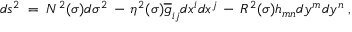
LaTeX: d s ^ { 2 } \; = \; N ^ { 2 } ( \sigma ) d \sigma ^ { 2 } \, - \, \eta ^ { 2 } ( \sigma ) \overline { { { g } } } _ { i j } d x ^ { i } d x ^ { j } \, - \, R ^ { 2 } ( \sigma ) h _ { m n } d y ^ { m } d y ^ { n } \; ,